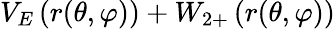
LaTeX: V_{E}\left(r(\theta,\varphi)\right)+W_{2+}\left(r(\theta,\varphi)\right)